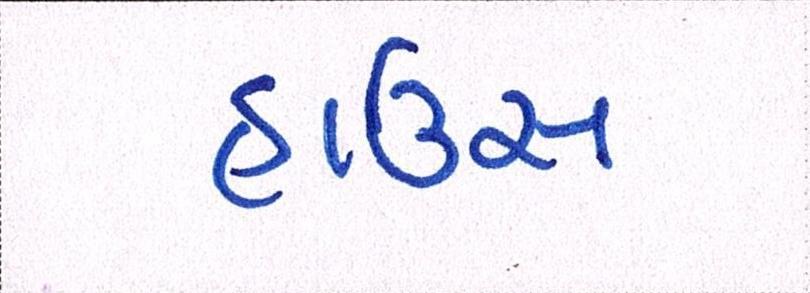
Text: હાઉસ